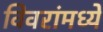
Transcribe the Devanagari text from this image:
विवरांमध्ये